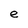
Character: e